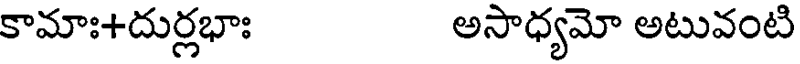
కామాః+దుర్లభాః అసాధ్యమో అటువంటి